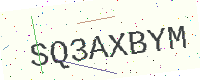
Text: SQ3AXBYM